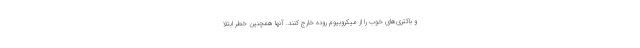
و باکتری‌های خوب را از میکروبیوم روده خارج کنند. آنها همچنین خطر ابتلا